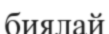
биялай